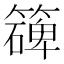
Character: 𥵔